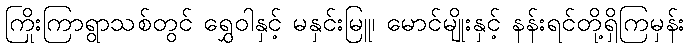
ကြိုးကြာရွာသစ်တွင် ရွှေဝါနှင့် မနှင်းမြူ၊ မောင်မျိုးနှင့် နန်းရင်တို့ရှိကြမှန်း